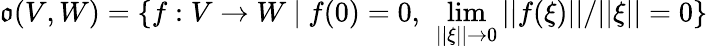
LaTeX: {\mathfrak{o}}(V,W)=\{ f:V\to W\ |\ f(0)=0,\ \operatorname*{lim}_{||\xi||\to 0}||f(\xi)||/||\xi||=0\}